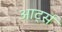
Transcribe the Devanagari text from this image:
आर्ट्स